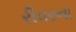
રીવરના